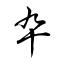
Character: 卆